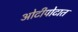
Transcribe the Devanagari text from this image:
ओटीपोटात